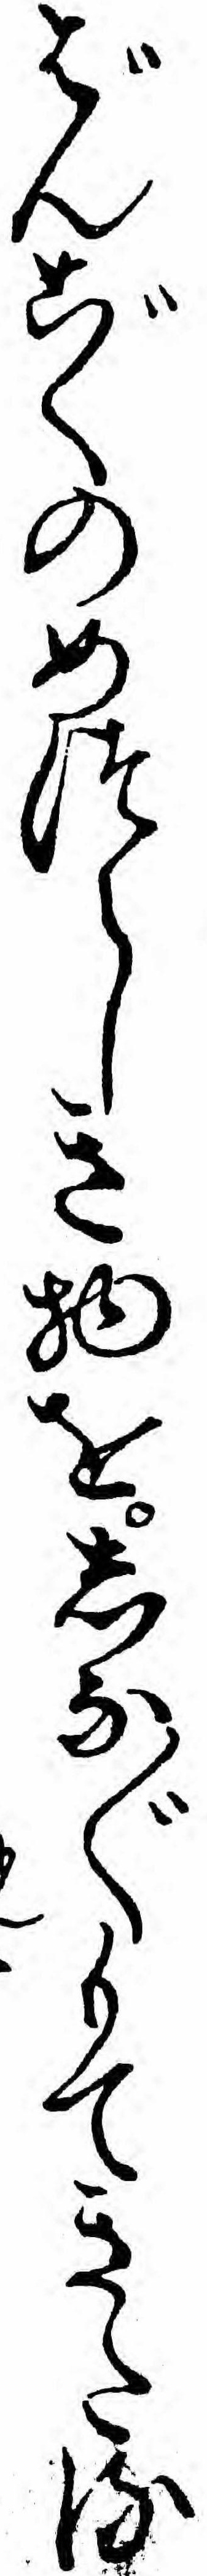
ばんごくのめつらしき物をしな〲もてきたる